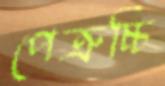
পেত্রুচ্চি